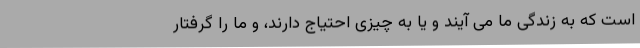
است که به زندگی ما می آیند و یا به چیزی احتیاج دارند، و ما را گرفتار